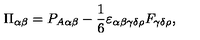
\Pi _ { \alpha \beta } = P _ { A \alpha \beta } - { \frac { 1 } { 6 } } \varepsilon _ { \alpha \beta \gamma \delta \rho } F _ { \gamma \delta \rho } ,